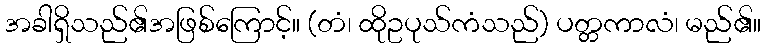
အခါရှိသည်၏အဖြစ်ကြောင့်။ (တံ၊ ထိုဥပုသ်ကံသည်) ပတ္တကာလံ၊ မည်၏။